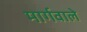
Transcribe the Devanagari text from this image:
मार्गवाले